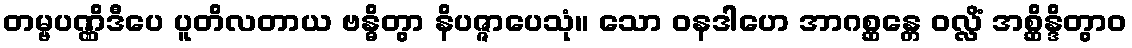
တမ္ဗပဏ္ဏိဒီပေ ပူတိလတာယ ဗန္ဓိတွာ နိပဇ္ဇာပေသုံ။ သော ဝနဒါဟေ အာဂစ္ဆန္တေ ဝလ္လိံ အစ္ဆိန္ဒိတွာဝ